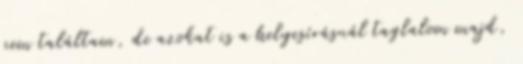
nem találtam, de azokat is a helyesírásnál taglalom majd,